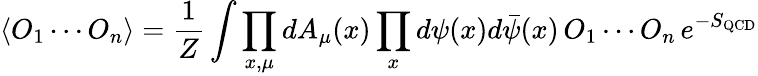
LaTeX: \langle O_{1}\cdots O_{n}\rangle=\frac{1}{Z}\int\prod_{x,\mu}dA_{\mu}(x)\prod_{x}d\psi(x)d\bar{\psi}(x)\, O_{1}\cdots O_{n}\, e^{-S_{\mathrm{QCD}}}